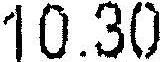
10.30